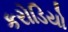
કરોડિયો